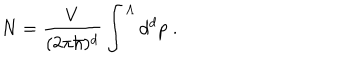
N = \frac { V } { ( 2 \pi \hbar ) ^ { d } } \int ^ { \Lambda } d ^ { d } p \; .